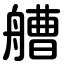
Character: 艚